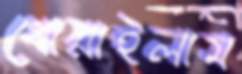
ধোয়াইলাম